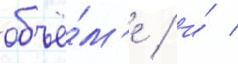
объё́м'е / и́ /